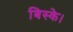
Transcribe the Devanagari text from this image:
बिस्के।